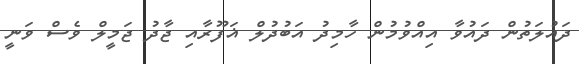
ދައުލަތުން ދައުވާ އިއްވުމުން ހާމިދު އަބުދުލް ޣަފޫރާއި ޖާދު ޖަމީލް ވެސް ވަނީ